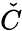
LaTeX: \check{C}